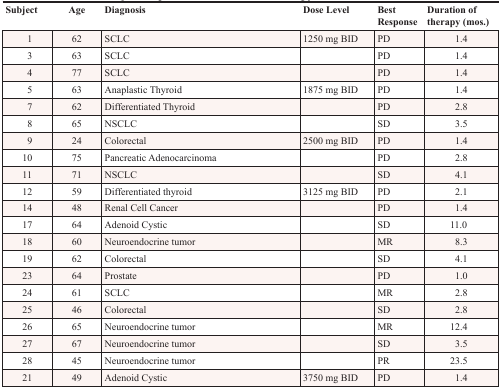
<table><thead><tr><td><b>Subject</b></td><td><b>Age</b></td><td><b>Diagnosis</b></td><td><b>Dose Level</b></td><td><b>Best Response</b></td><td><b>Duration of therapy (mos.)</b></td></tr></thead><tbody><tr><td> 1</td><td>62</td><td>SCLC</td><td>1250 mg BID</td><td>PD</td><td>1.4</td></tr><tr><td> 3</td><td>63</td><td>SCLC</td><td></td><td>PD</td><td>1.4</td></tr><tr><td> 4</td><td>77</td><td>SCLC</td><td></td><td>PD</td><td>1.4</td></tr><tr><td> 5</td><td>63</td><td>Anaplastic Thyroid</td><td>1875 mg BID</td><td>PD</td><td>1.4</td></tr><tr><td> 7</td><td>62</td><td>Differentiated Thyroid</td><td></td><td>PD</td><td>2.8</td></tr><tr><td> 8</td><td>65</td><td>NSCLC</td><td></td><td>SD</td><td>3.5</td></tr><tr><td> 9</td><td>24</td><td>Colorectal</td><td>2500 mg BID</td><td>PD</td><td>1.4</td></tr><tr><td>10</td><td>75</td><td>Pancreatic Adenocarcinoma</td><td></td><td>PD</td><td>2.8</td></tr><tr><td>11</td><td>71</td><td>NSCLC</td><td></td><td>SD</td><td>4.1</td></tr><tr><td>12</td><td>59</td><td>Differentiated thyroid</td><td>3125 mg BID</td><td>PD</td><td>2.1</td></tr><tr><td>14</td><td>48</td><td>Renal Cell Cancer</td><td></td><td>PD</td><td>1.4</td></tr><tr><td>17</td><td>64</td><td>Adenoid Cystic</td><td></td><td>SD</td><td>11.0</td></tr><tr><td>18</td><td>60</td><td>Neuroendocrine tumor</td><td></td><td>MR</td><td>8.3</td></tr><tr><td>19</td><td>62</td><td>Colorectal</td><td></td><td>SD</td><td>4.1</td></tr><tr><td>23</td><td>64</td><td>Prostate</td><td></td><td>PD</td><td>1.0</td></tr><tr><td>24</td><td>61</td><td>SCLC</td><td></td><td>MR</td><td>2.8</td></tr><tr><td>25</td><td>46</td><td>Colorectal</td><td></td><td>SD</td><td>2.8</td></tr><tr><td>26</td><td>65</td><td>Neuroendocrine tumor</td><td></td><td>MR</td><td>12.4</td></tr><tr><td>27</td><td>67</td><td>Neuroendocrine tumor</td><td></td><td>SD</td><td>3.5</td></tr><tr><td>28</td><td>45</td><td>Neuroendocrine tumor</td><td></td><td>PR</td><td>23.5</td></tr><tr><td>21</td><td>49</td><td>Adenoid Cystic</td><td>3750 mg BID</td><td>PD</td><td>1.4</td></tr></tbody></table>